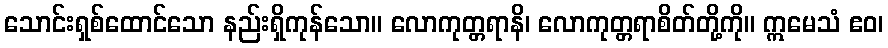
သောင်းရှစ်ထောင်သော နည်းရှိကုန်သော။ လောကုတ္တရာနိ၊ လောကုတ္တရာစိတ်တို့ကို။ ဣမေသံ ဧဝ၊